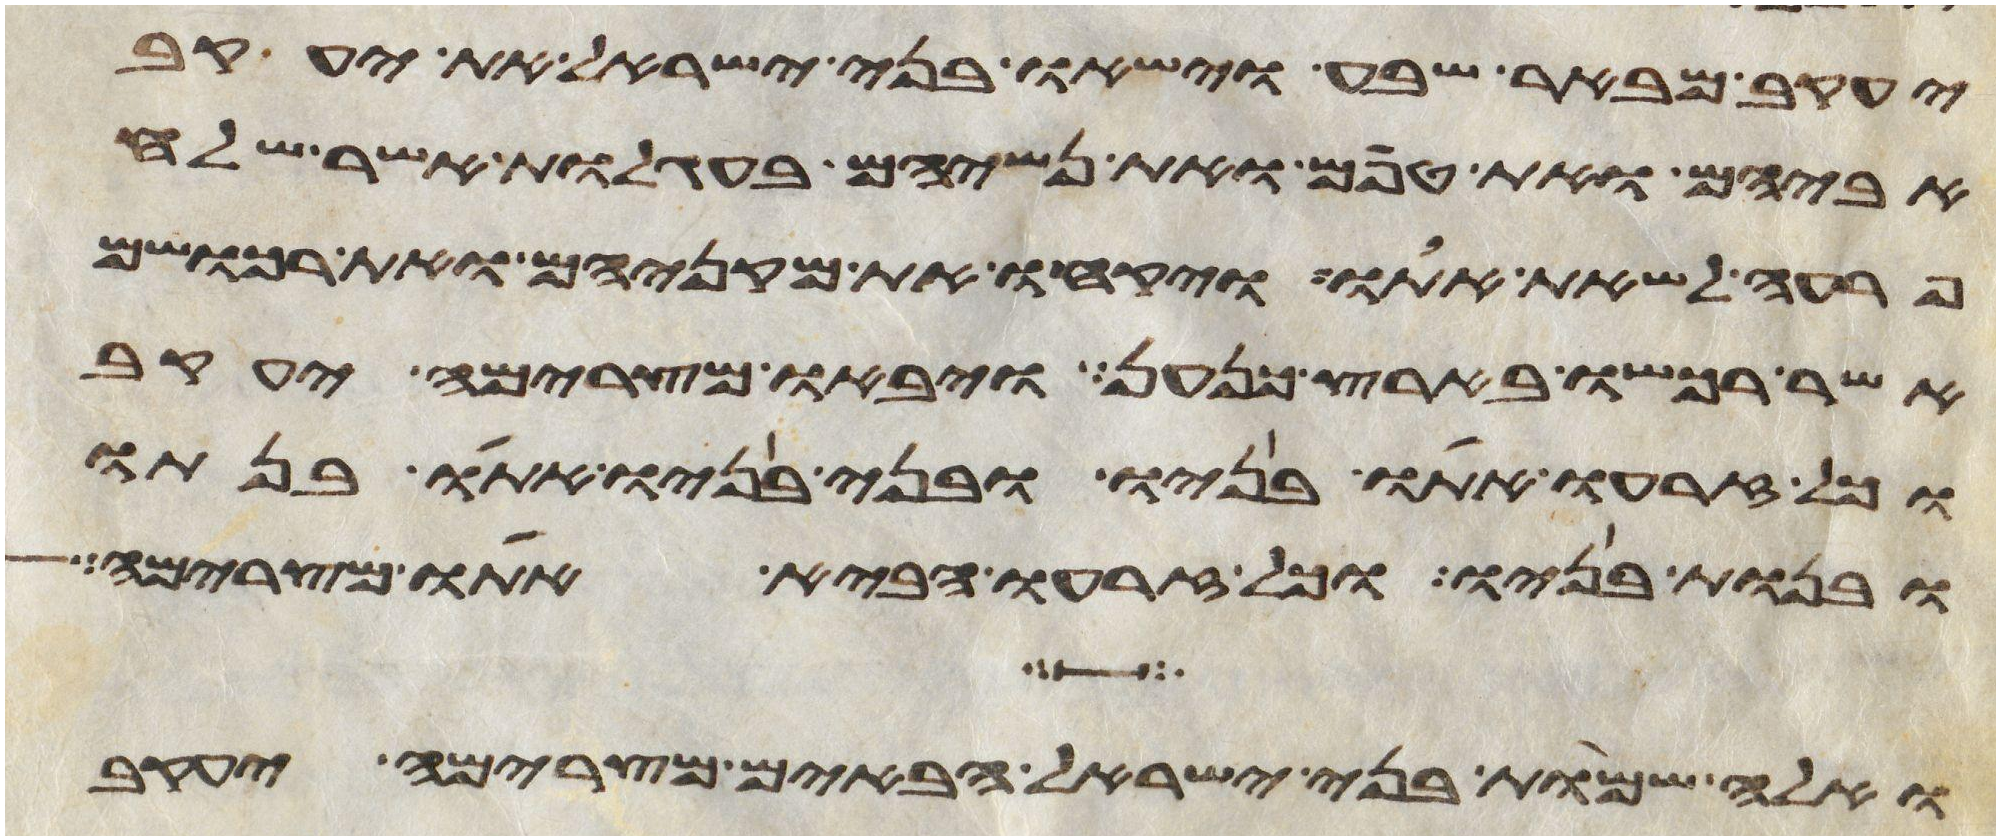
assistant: יעקב מבאר שבע וישאו בני ישראל את יעקב
אביהם ואת טפם ואת נשיהם בעגלות אשר שלח
פרעה לשאת אתו ויקחו את מקניהם ואת רכושם
אשר רכשו בארץ כנען ויבאו מצרימה יעקב
וכל זרעו אתו בניו ובני בניו אתו בנתיו
ובנות בניו וכל זרעו הביא אתו מצרימה
ואלה שמות בני ישראל הבאים מצרימה יעקב